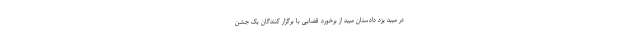
در میبد یزد دادستان میبد از برخورد قضایی با برگزار کنندگان یک جشن